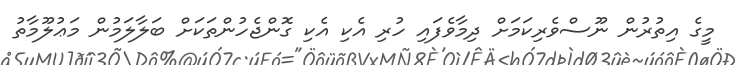
މީގެ އިތުރުން ނޫސްވެރިކަމަށް ދިމާވެފައި ހުރި އެކި އެކި ގޮންޖެހުންތަކަށް ބަލާލަމުން މަޢުލޫމާތު